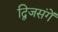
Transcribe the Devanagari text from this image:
द्विजसंगें